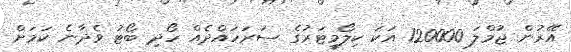
އޭރުން ޖުމްލަ 120000 އަކަ ކިލޯމީޓަރުގެ ސަރަހައްދެއް ހޯދި ބޯޓު ވެދާނެ ކަމަށް